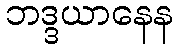
ဘဒ္ဒယာနေန